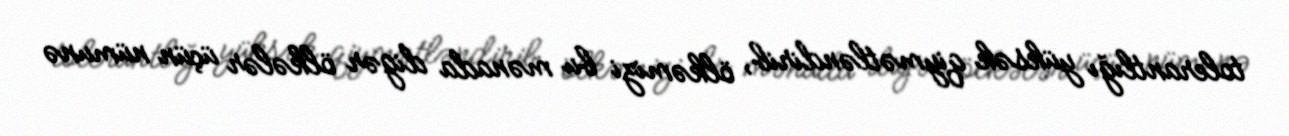
tolerantlığı yüksək qiymətləndirib, ölkəmizi bu mənada digər ölkələr üçün nümunə